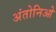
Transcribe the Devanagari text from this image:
अंतोनिओ